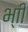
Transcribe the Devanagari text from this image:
भ्‍ाी